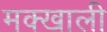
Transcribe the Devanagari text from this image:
मक्खाली